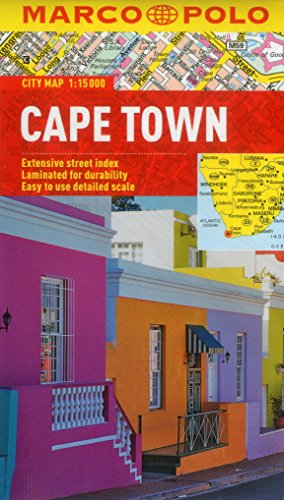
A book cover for Cape Town Marco Polo City Map (Marco Polo City Maps); Marco Polo Travel; Travel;